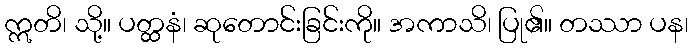
ဣတိ၊ သို့။ ပတ္ထနံ၊ ဆုတောင်းခြင်းကို။ အကာသိ၊ ပြု၏။ တဿာ ပန၊